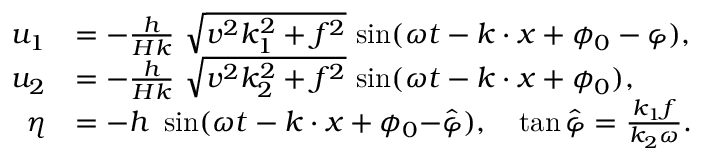
\begin{array} { r l } { u _ { 1 } } & { = { - } \frac { h } { H k } \ { \sqrt { v ^ { 2 } k _ { 1 } ^ { 2 } + f ^ { 2 } } } \ { \sin } ( \omega t - k \cdot x + \phi _ { 0 } - \varphi ) , } \\ { u _ { 2 } } & { = { - } \frac { h } { H k } \ { \sqrt { v ^ { 2 } k _ { 2 } ^ { 2 } + f ^ { 2 } } } \ { \sin } ( \omega t - k \cdot x + \phi _ { 0 } ) , } \\ { \eta } & { = - h \ \sin ( \omega t - k \cdot x + \phi _ { 0 } { - } \hat { \varphi } ) , \quad \tan \hat { \varphi } = \frac { k _ { 1 } f } { k _ { 2 } \omega } . } \end{array}